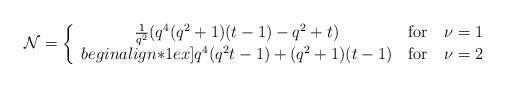
LaTeX: \begin{align*}{\cal N} = \left\{ \begin{array}{c@{\quad \mbox{for} \quad}l} \frac{1}{q^2} (q^4(q^2+1)(t-1)-q^2+t) & \nu=1 \\begin{align*}1ex] q^4(q^2t-1)+(q^2+1)(t-1) & \nu=2 \end{array} \right.\end{align*}